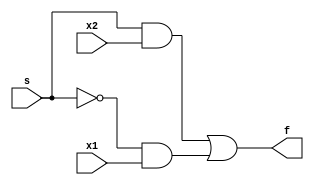
module mux_2_1 (
input x1 ,
input x2 ,
input s,
output f
);
assign f = (s & x2) | ((~ s) & x1);
endmodule